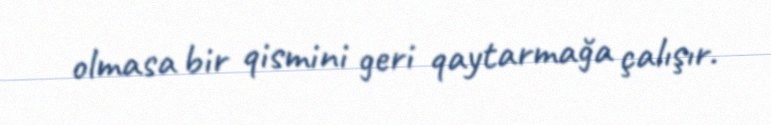
olmasa bir qismini geri qaytarmağa çalışır.